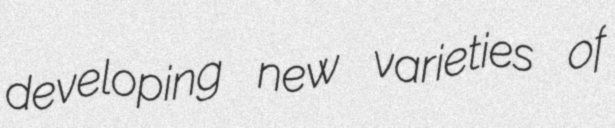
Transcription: developing new varieties of